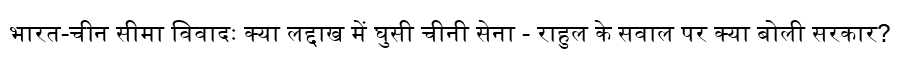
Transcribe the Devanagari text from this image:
भारत-चीन सीमा विवादः क्या लद्दाख में घुसी चीनी सेना - राहुल के सवाल पर क्या बोली सरकार?